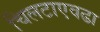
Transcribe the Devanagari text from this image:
चिलटाएवढा